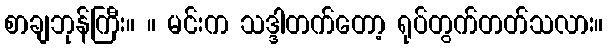
စာချဘုန်ကြီး။ ။ မင်းက သဒ္ဒါတက်တော့ ရုပ်တွက်တတ်သလား။